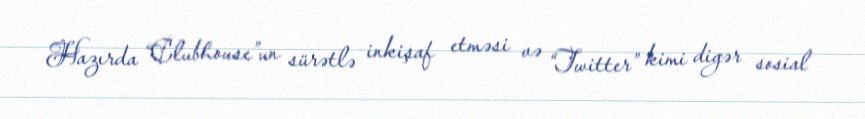
Hazırda “Clubhouse”un sürətlə inkişaf etməsi və “Twitter” kimi digər sosial